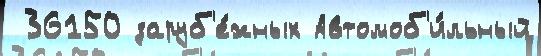
 36150 заруб'е́жных Автомоб'и́льный